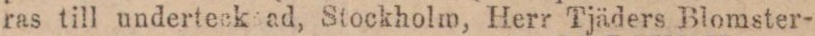
ras till undertecksad, Stockholm, Herr Tjäders Blomster-